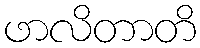
ဖာလိတာတိ